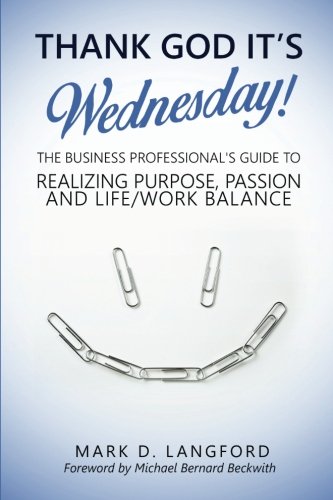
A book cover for Thank God It's Wednesday: The Business Professional's Guide To Realizing Purpose, Passion and Life/Work Balance; Mark D Langford; Business & Money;